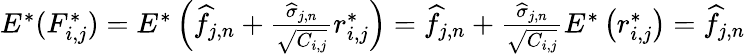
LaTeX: \begin{array}{r}{E^{*}(F_{i,j}^{*})=E^{*}\left(\widehat f_{j,n}+\frac{\widehat\sigma_{j,n}}{\sqrt{C_{i,j}}}r_{i,j}^{*}\right)=\widehat f_{j,n}+\frac{\widehat\sigma_{j,n}}{\sqrt{C_{i,j}}}E^{*}\left(r_{i,j}^{*}\right)=\widehat f_{j,n}}\end{array}